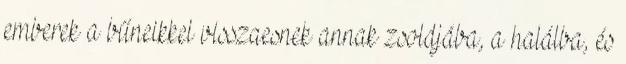
emberek a bűneikkel visszaesnek annak zsoldjába, a halálba, és